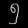
Digit: ၅